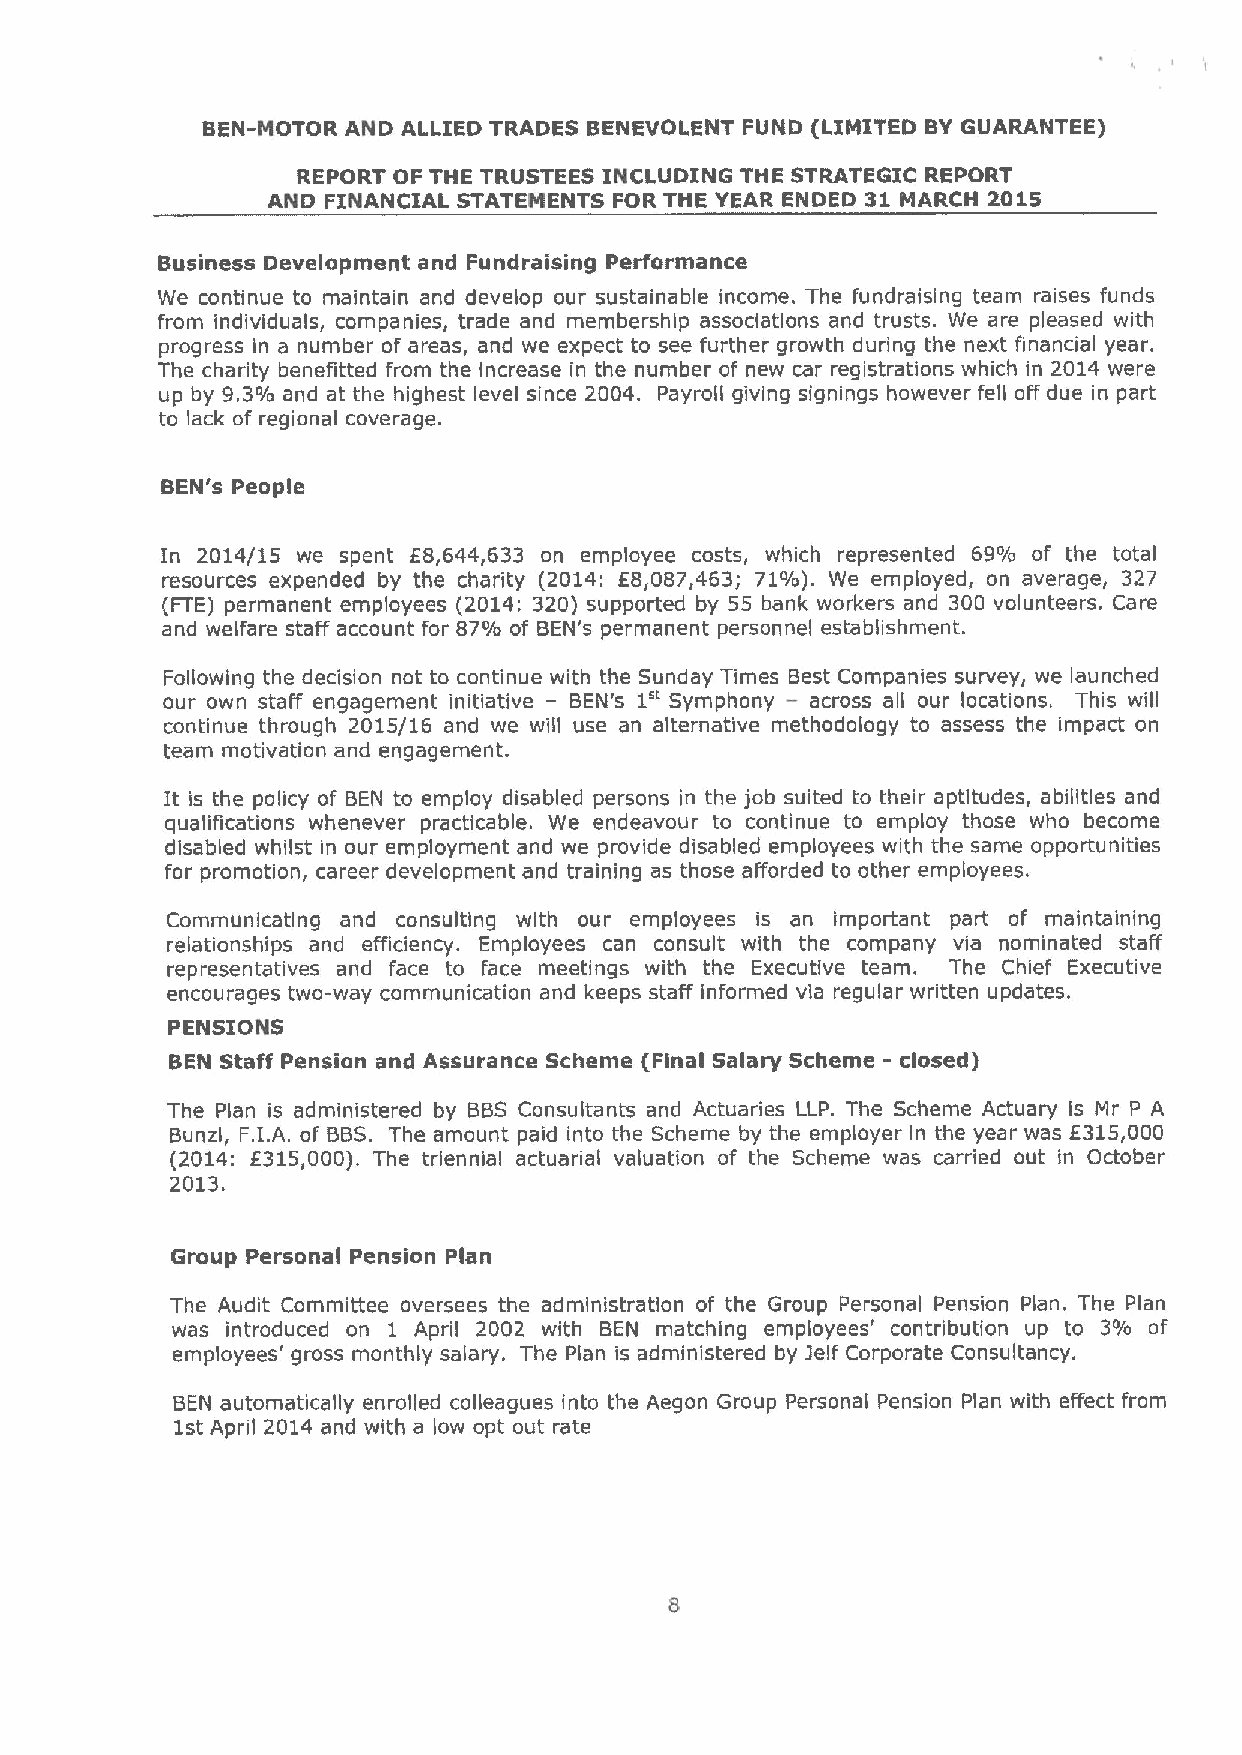
BEN-MOTOR AND ALLIED TRADES BENEVOLENT FUND (LIMITED BY GUARANTEE)
 REPORT OF THE TRUSTEES INCLUDING THE STRATEGIC REPORT
 AND FINANCIAL STATEMENTS FOR THE YEAR ENDED 31 MARCH 2015
 Business Development and Fundraising Performance
 We continue to maintain and develop our sustainable income. The fundraising team raises funds
 from individuals, companies, trade and membership associations and trusts. We are pleased with
 progress in a number of areas, and we expect to see further growth during the next financial year.
 The charity benefitted from the increase in the number of new car registrations which in 2014 were
 up by 9.3%and at the highest level since 2004. Payroll giving signings however fell off due in part
 to lack of regional coverage.
 BEN's People
 In 2014/15 we spent E8,644,633 on employee costs, which represented 69% of the total
 resources expended by the charity (2014: 68,087,463; 71%). We employed, on average, 327
 {FTE)permanent employees (2014: 320) supported by 55 bank workers and 300 volunteers. Care
 and welfare staff account for 87% of BEN's permanent personnel establishment.
 Following the decision not to continue with the Sunday Times Best Companies survey, we launched
 1"
 our own staff engagement initiative —BEN's Symphony —across all our locations. This will
 continue through 2015/16 and we will use an alternative methodology to assess the impact on
 team motivation and engagement.
 It is the policy of BEN to employ disabled persons in the job suited to their aptitudes, abilities and
 qualifications whenever practicable. We endeavour to continue to employ those who become
 disabled whilst in our employment and we provide disabled employees with the same opportunities
 for promotion, career development and training as those afforded to other employees.
 Communicating and consulting with our employees is an important part of maintaining
 relationships and efficiency. Employees can consult with the company via nominated staff
 representatives and face to face meetings with the Executive team. The Chief Executive
 encourages two-way communication and keeps staff informed via regular written updates.
 PENSIONS
 BEN Staff Pension and Assurance Scheme (Final Salary Scheme - closed)
 The Plan is administered by BBS Consultants and Actuaries LLP. The Scheme Actuary is Mr P A
 Bunzl, F.I. A. of BBS. The amount paid into the Scheme by the employer in the year was 6315,000
 (2014: 6315,000). The triennial actuarial valuation of the Scheme was carried out in October
 2013,
 Group Personal Pension Plan
 The Audit Committee oversees the administration of the Group Personal Pension Plan. The Plan
 was introduced on 1 April 2002 with BEN matching employees' contribution up to 3% of
 employees' gross monthly salary. The Plan is administered by )elf Corporate Consultancy.
 BEN automatically enrolled colleagues into the Aegon Group Personal Pension Plan with effect from
 1st April 2014 and with a low opt out rate